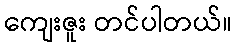
ကျေးဇူး တင်ပါတယ်။